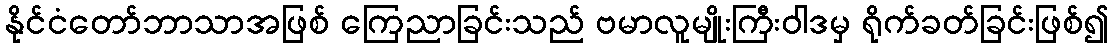
နိုင်ငံတော်ဘာသာအဖြစ် ကြေညာခြင်းသည် ဗမာလူမျိုးကြီးဝါဒမှ ရိုက်ခတ်ခြင်းဖြစ်၍